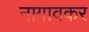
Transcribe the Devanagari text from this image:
नागावकर